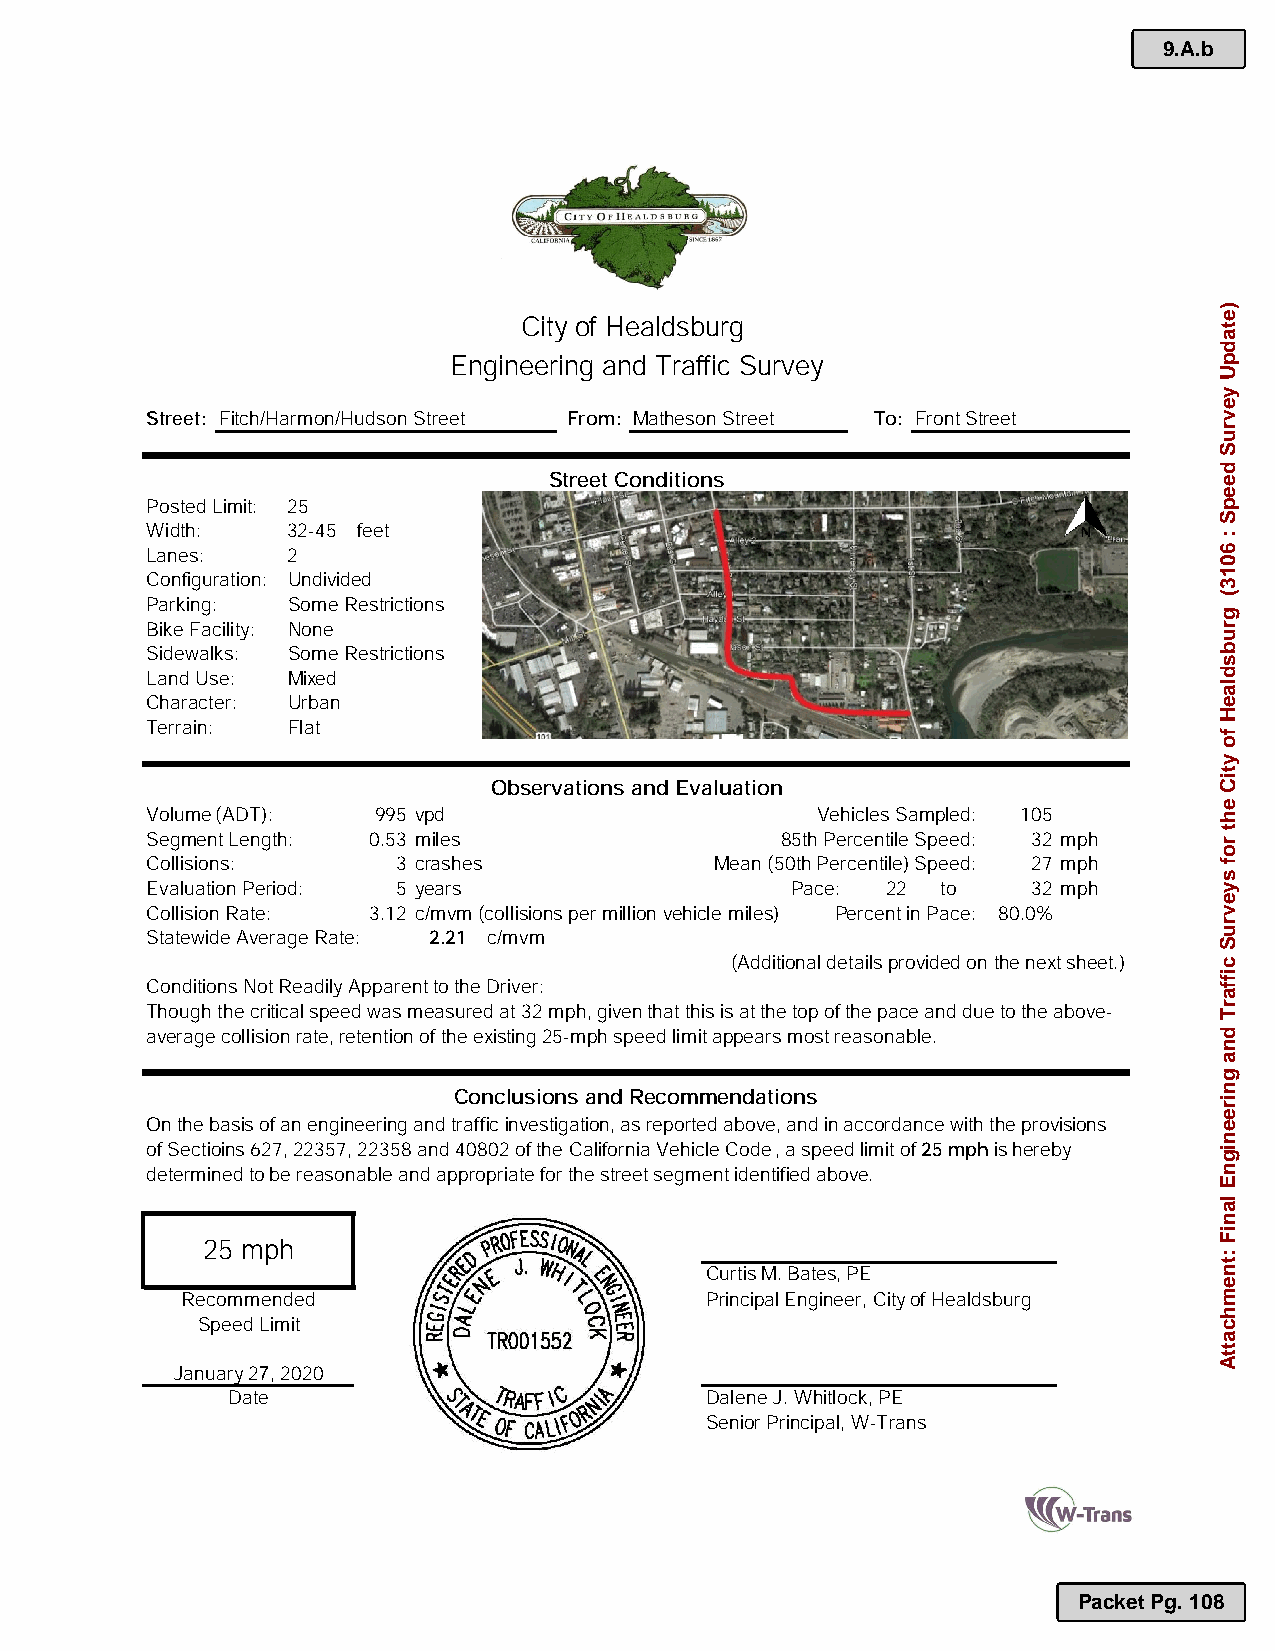
9.A.b
 City of Healdsburg
 Engineering and Traffic Survey
 Street: Fitch/Harmon/Hudson Street From: Matheson Street To: FrontStreet
 Street Conditions
 Posted Limit: 25
 Width:   32-45 feet
 Lanes:   2
 Configuration: Undivided
 Parking: Some Restrictions
 Bike Facility: None
 Sidewalks: Some Restrictions
 Land Use: Mixed
 Character: Urban
 Terrain: Flat
 Observations and Evaluation
 Volume (ADT):  995 vpd                      Vehicles Sampled: 105
 Segment Length: 0.53 miles                85th Percentile Speed: 32 mph
 Collisions:     3 crashes            Mean (50th Percentile) Speed: 27 mph
 Evaluation Period: 5 years                Pace:  22 to    32 mph
 Collision Rate: 3.12 c/mvm(collisions per million vehicle miles) Percent in Pace: 80.0%
 Statewide Average Rate: 2.21 c/mvm
 (Additional detailsprovided on the next sheet.)
 Conditions Not Readily Apparent to the Driver:
 Though the critical speed was measured at 32 mph,given that this is at the top of the pace and due to the above-
 average collision rate, retention of the existing25-mph speed limit appears most reasonable.
 Conclusions and Recommendations
 On the basis of an engineering and traffic investigation, as reported above, and in accordance withthe provisions
 of Sectioins 627,22357, 22358 and 40802 of the California Vehicle Code, a speed limit of 25 mphis hereby
 determined to be reasonable and appropriate for the street segment identified above.
 25 mph
 Curtis M. Bates, PE
 Recommended                        Principal Engineer, Cityof Healdsburg
 Speed Limit
 January2 ,2020
 Date                            Dalene J.Whitlock,PE
 Senior Principal, W-Trans
 Packet Pg. 108
 )etadpU
 yevruS
 deepS
 :
 6013(
 grubsdlaeH
 fo
 ytiC
 eht
 rof
 syevruS
 ciffarT
 dna
 gnireenignE
 laniF
 :tnemhcattA